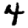
Digit: 4